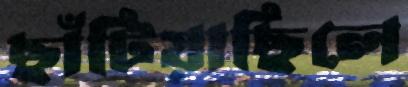
ছাঁটিয়াছিলে